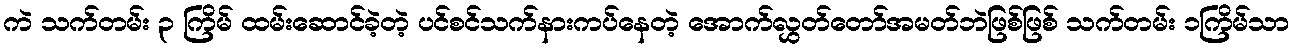
ကဲ သက်တမ်း ၃ ကြိမ် ထမ်းဆောင်ခဲ့တဲ့ ပင်စင်သက်နားကပ်နေတဲ့ အောက်လွှတ်တော်အမတ်ဘဲဖြစ်ဖြစ် သက်တမ်း ၁ကြိမ်သာ